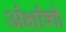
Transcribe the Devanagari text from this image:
अंक्षांशो